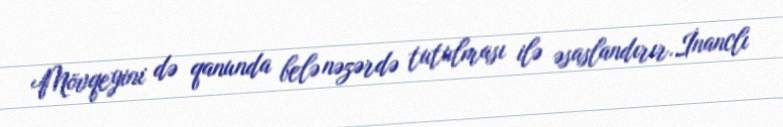
Mövqeyini də qanunda belə nəzərdə tutulması ilə əsaslandırır.İnanclı